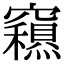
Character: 𥨽